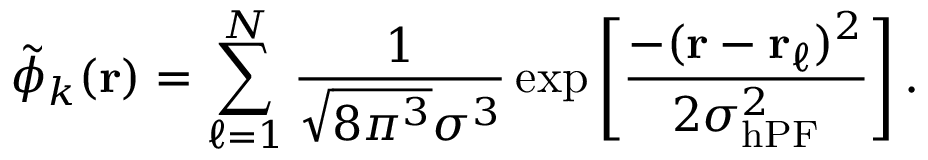
\tilde { \phi } _ { k } ( \mathbf { r } ) = \sum _ { \ell = 1 } ^ { N } \frac { 1 } { \sqrt { 8 \pi ^ { 3 } } \sigma ^ { 3 } } \exp \left[ \frac { - ( \mathbf { r } - \mathbf { r } _ { \ell } ) ^ { 2 } } { 2 \sigma _ { \mathrm { h P F } } ^ { 2 } } \right] .